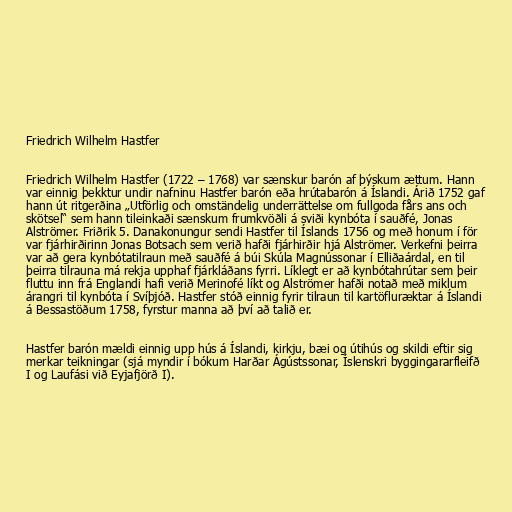
Friedrich Wilhelm Hastfer

Friedrich Wilhelm Hastfer (1722 – 1768) var sænskur barón af þýskum ættum. Hann
var einnig þekktur undir nafninu Hastfer barón eða hrútabarón á Íslandi. Árið 1752 gaf
hann út ritgerðina „Utförlig och omständelig underrättelse om fullgoda fårs ans och
skötsel“ sem hann tileinkaði sænskum frumkvöðli á sviði kynbóta í sauðfé, Jonas
Alströmer. Friðrik 5. Danakonungur sendi Hastfer til Íslands 1756 og með honum í för
var fjárhirðirinn Jonas Botsach sem verið hafði fjárhirðir hjá Alströmer. Verkefni þeirra
var að gera kynbótatilraun með sauðfé á búi Skúla Magnússonar í Elliðaárdal, en til
þeirra tilrauna má rekja upphaf fjárkláðans fyrri. Líklegt er að kynbótahrútar sem þeir
fluttu inn frá Englandi hafi verið Merinofé líkt og Alströmer hafði notað með miklum
árangri til kynbóta í Svíþjóð. Hastfer stóð einnig fyrir tilraun til kartöfluræktar á Íslandi
á Bessastöðum 1758, fyrstur manna að því að talið er.

Hastfer barón mældi einnig upp hús á Íslandi, kirkju, bæi og útihús og skildi eftir sig
merkar teikningar (sjá myndir í bókum Harðar Ágústssonar, Íslenskri byggingararfleifð
I og Laufási við Eyjafjörð I).